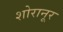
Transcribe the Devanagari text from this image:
शोरानूर